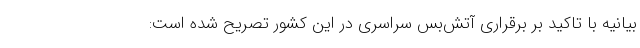
بیانیه با تاکید بر برقراری آتش‌بس سراسری در این کشور تصریح شده است: